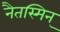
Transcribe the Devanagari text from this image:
नैतस्मिन्